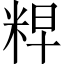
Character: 𮇘